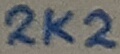
Text: 2K2